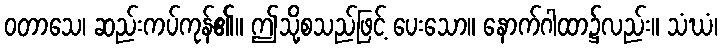
ဝတာသေ၊ ဆည်းကပ်ကုန်၏။ ဤသို့စသည်ဖြင့် ပေးသော။ နောက်ဂါထာ၌လည်း။ သံဃံ၊